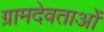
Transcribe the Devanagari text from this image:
ग्रामदेवताओं